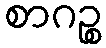
စာဂဉ္စ